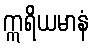
ဣရိယမာနံ